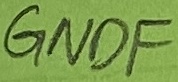
Text: GNDF